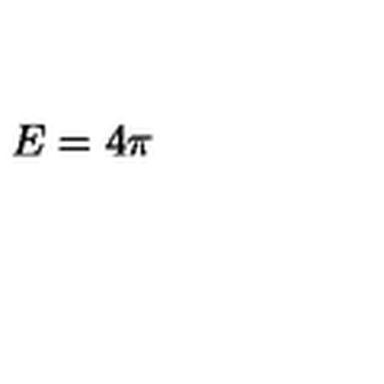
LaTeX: E = 4 \pi